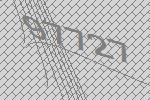
97727